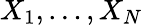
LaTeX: X_{1},\ldots,X_{N}